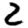
Digit: 2